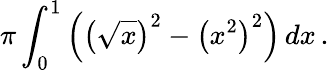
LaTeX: \pi\int_{0}^{1}\left(\left({\sqrt{x}}\right)^{2}-\left(x^{2}\right)^{2}\right)\, dx\, .